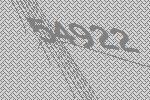
54922